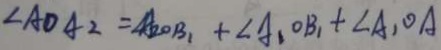
\angle A D A _ { 2 } = \angle A _ { 2 } O B _ { 1 } + \angle A _ { 1 } O B + A _ { 1 } O A